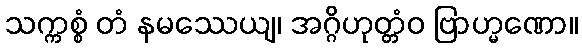
သက္ကစ္စံ တံ နမဿေယျ၊ အဂ္ဂိဟုတ္တံဝ ဗြာဟ္မဏော။